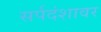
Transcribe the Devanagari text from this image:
सर्पदंशावर